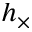
h _ { \times }